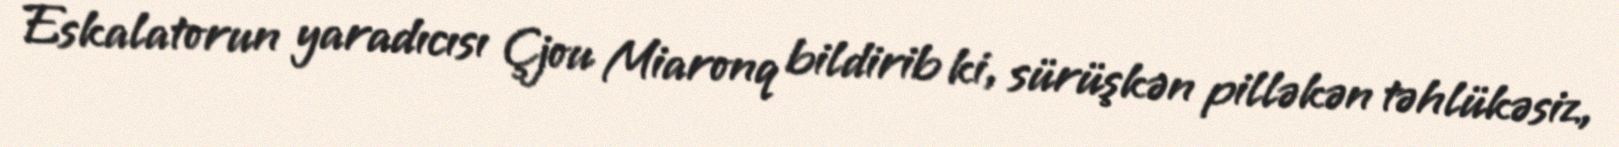
Eskalatorun yaradıcısı Çjou Miaronq bildirib ki, sürüşkən pilləkən təhlükəsiz,